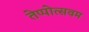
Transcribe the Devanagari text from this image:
तेप्पोत्सवम